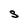
Character: S